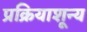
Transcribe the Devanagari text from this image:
प्रक्रियाशून्‍य